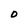
Character: O